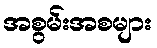
အစွမ်းအစများ